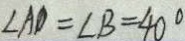
\angle A D = \angle B = 4 0 ^ { \circ }